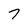
Character: 7